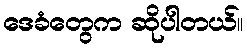
ဒေခံတွေက ဆိုပါတယ်။